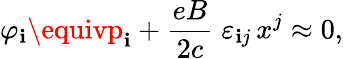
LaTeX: \varphi_{\mathbf{i}}\equivp_{\mathbf{i}}+\frac{{eB}}{{2c}}\; \varepsilon_{\mathbf{i}j}\, x^{j}\approx0,